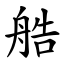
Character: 艁